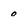
Character: 0